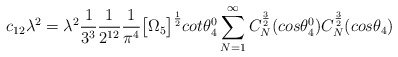
\begin{align*}c_{12}\lambda^2 = \lambda^2\frac{1}{3^3}\frac{1}{2^{12}}\frac{1}{\pi^4}\big{[}\Omega_5\big{]}^{\frac{1}{2}}cot{\theta_4^0}\sum_{N=1}^{\infty}C_N^{\frac{3}{2}}(cos{\theta_4^0})C_N^{\frac{3}{2}}(cos{\theta_4})\end{align*}